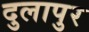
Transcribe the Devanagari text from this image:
दुलापुर